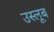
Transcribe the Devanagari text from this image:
उस्लूब